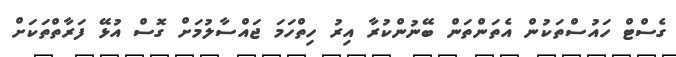
ގެސްޓް ހައުސްތަކުން އެތަންތަން ބޭނުންކުރާ އިރު ހިތްހަމަ ޖައްސާލުމަށް ގޮސް އުޅޭ ފަރާތްތަކަށް